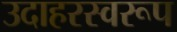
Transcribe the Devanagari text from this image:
उदाहरस्वरूप